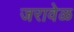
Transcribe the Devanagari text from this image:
जरावेळ